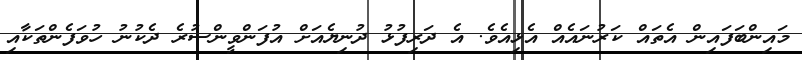
މައިންބަފައިން އެތައް ކަރުނައެއް އެޅިއެވެ. އެ ދަރިފުޅު ދުނިޔެއަށް އުފަންވީންސުރެ ދެކުނު ހުވަފެންތަކާއި